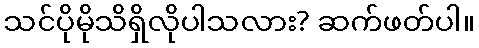
သင်ပိုမိုသိရှိလိုပါသလား? ဆက်ဖတ်ပါ။